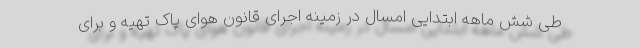
طی شش ماهه ابتدایی امسال در زمینه اجرای قانون هوای پاک تهیه و برای